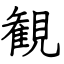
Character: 観